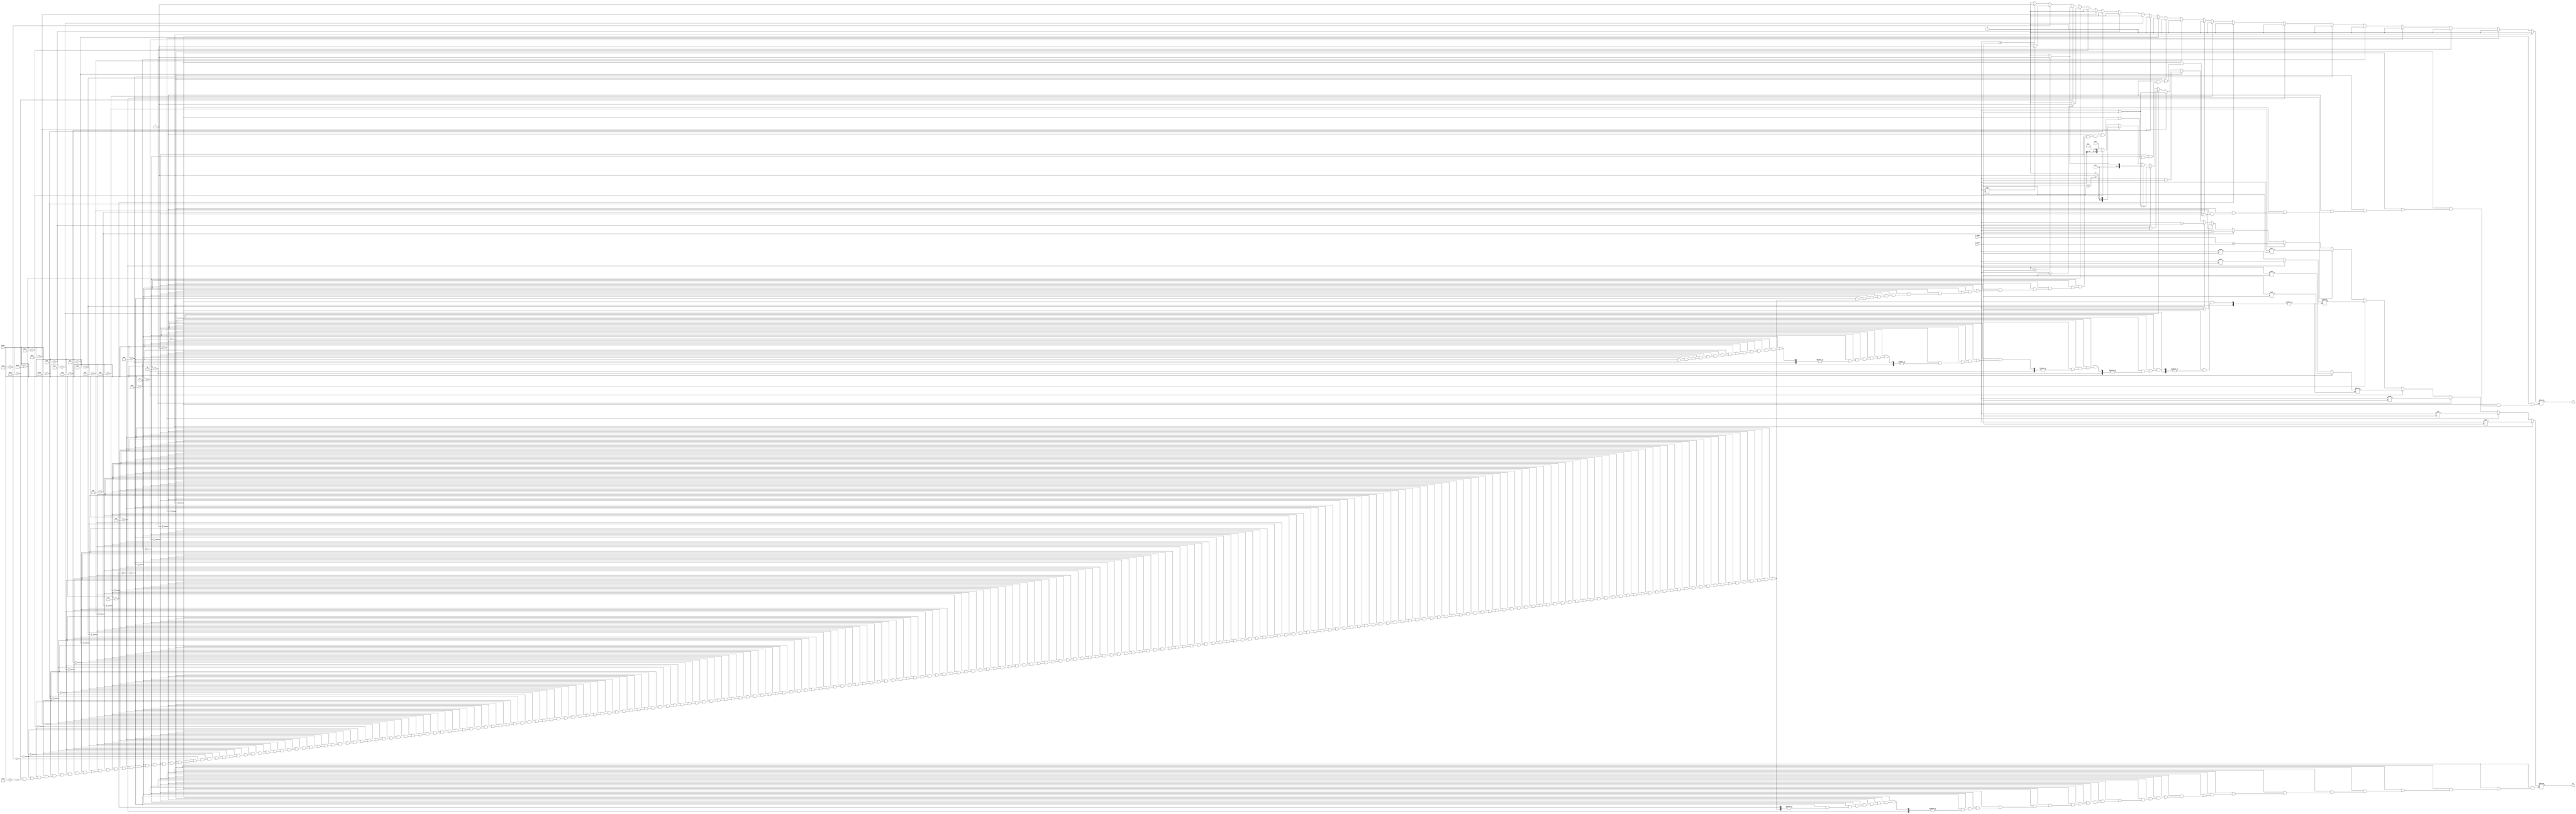
module alu (a_input, b_input, funct, res, z);

// input
	input  [31:0] a_input;
	input  [31:0] b_input;
	input  [4:0]  funct;

// output
	output [31:0] res;
	output        z;

// reg
	reg    [31:0] res = 0;
	reg			  z = 0;
	reg	   [31:0] hi = 0;
	reg    [31:0] lo = 0;

// combinational logic but easier to understand format
	always @(a_input or b_input or funct)
	begin
        if (funct == 'b00000)
        begin
            // sll 
			res = a_input << b_input;
			z = 0;
			$display("%d = %d << %d", $signed(res), $signed(a_input), $signed(b_input));
        end
        else if (funct == 'b00001)
        begin
            // srl
            res = a_input >> b_input;
			z = 0;
			$display("%d = %d >> %d", $signed(res), $signed(a_input), $signed(b_input));
        end
        else if (funct == 'b00010)
        begin
           // sra
           res = $signed(a_input) >>> $signed(b_input);
		   z = 0;
		   $display("%d = %d >>> %d", $signed(res), $signed(a_input), $signed(b_input));
        end
        else if (funct == 'b00011)
        begin
            // mfhi
           res = hi;
		   z = 0;
		   $display("HI = %d", res);
        end
        else if (funct == 'b00100)
        begin
            // mflo
			res = lo;
			z = 0;
			$display("LO = %d", res);
        end
        else if (funct == 'b00101)
        begin
			// mul
            res = ($signed(a_input) * $signed(b_input));
			z = 0;
			$display("%d = %d * %d", $signed(res), $signed(a_input), $signed(b_input));
        end
        else if (funct == 'b00110)
        begin
            // div
			lo = ($signed(a_input) / $signed(b_input));
			hi = ($signed(a_input) % $signed(b_input));
			$display("%d = %d / %d", $signed(lo), $signed(a_input), $signed(b_input));
            z = 0;
        end
        else if (funct == 'b00111)
        begin
            // divu
			hi = ($unsigned(a_input) / $unsigned(b_input));
			lo = ($unsigned(a_input) % $unsigned(b_input));
            z = 0;
        end
        else if (funct == 'b01000)
        begin
            // add rd, rs, rt
            res = $signed(a_input) + $signed(b_input);
			z = 0;
			$display("%d = %d + %d", $signed(res), $signed(a_input), $signed(b_input));
        end
		else if (funct == 'b01001)
        begin
            // addu rd, rs, rt
            res = a_input + b_input;
			z = 0;
			$display("%d = u%d + u%d", $signed(res), $signed(a_input), $signed(b_input));
        end
        else if (funct == 'b01010)
        begin
            // sub rd, rs, rt
            res = $signed(a_input) - $signed(b_input);
			z = 0;
			$display("%d = %d - %d", $signed(res), $signed(a_input), $signed(b_input));
        end
		else if (funct == 'b01011)
        begin
            // subu rd, rs, rt
            res = a_input - b_input;
			z = 0;
			$display("%d = u%d - u%d", $signed(res), $signed(a_input), $signed(b_input));
        end
        else if (funct == 'b01100)
        begin
            // and rd, rs, rt
            res = a_input & b_input;
			z = 0;
			$display("%d = %d & %d", $signed(res), $signed(a_input), $signed(b_input));
        end
        else if (funct == 'b01101)
        begin
            // or rd, rs, rt
            res = a_input | b_input;
			z = 0;
			$display("%d = %d | %d", $signed(res), $signed(a_input), $signed(b_input));
        end
        else if (funct == 'b01110)
        begin
            // xor rd, rs, rt
            res = a_input ^ b_input;
			z = 0;
			$display("%d = %d ^ %d", $signed(res), $signed(a_input), $signed(b_input));
        end
        else if (funct == 'b01111)
        begin
            // nor rd, rs, rt
            res = ~(a_input | b_input);
			z = 0;
			$display("%d = ~(%d | %d)", $signed(res), $signed(a_input), $signed(b_input));
        end
        else if (funct == 'b10000)
        begin
            // slt rd, rs, rt
            res = $signed(a_input) < $signed(b_input) ? 1 : 0;
			z = 0;
			$display("%d = (%d < %d)", $signed(res), $signed(a_input), $signed(b_input));
        end
		else if (funct == 'b10001)
        begin
            // sltu rd, rs, rt
            res = a_input < b_input ? 1 : 0;
			z = 0;
			$display("%d = u%d < u%d", $signed(res), $signed(a_input), $signed(b_input));
        end
		else if (funct == 'b10010)
        begin
            // lui
            res = b_input << 16;
			z = 0;
			$display("%d = %d << 16", $signed(res), $signed(b_input));
        end
		else if (funct == 'b10011)
        begin
            // beq rd, rs, rt
            z = a_input == b_input ? 1 : 0;
			res = 0;
			$display("%d = %d == %d", z, $signed(a_input), $signed(b_input));
        end
		else if (funct == 'b10100)
        begin
            // blt rd, rs, rt
            z = $signed(a_input) < $signed(b_input) ? 1 : 0;
			res = 0;
			$display("%d = %d < %d", z, $signed(a_input), $signed(b_input));
        end
		else if (funct == 'b10101)
        begin
            // bne rd, rs, rt
            z = a_input != b_input ? 1 : 0;
			res = 0;
			$display("%d = %d != %d", z, $signed(a_input), $signed(b_input));
        end
		else if (funct == 'b10110)
        begin
            // bleq rd, rs, rt
            z = $signed(a_input) <= $signed(b_input) ? 1 : 0;
			res = 0;
			$display("%d = %d <= %d", z, $signed(a_input), $signed(b_input));
        end
	end
endmodule